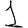
Digit: 1